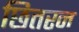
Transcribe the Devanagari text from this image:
छितरन